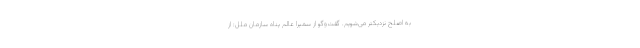
به اصلح نزدیکتر می‌شویم. گفت‌وگو از سمیرا عالم پناه سازمان ملل: از